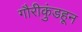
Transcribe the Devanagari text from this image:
गौरीकुंडहून